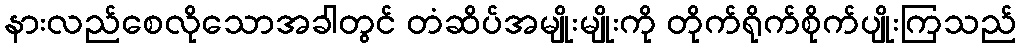
နားလည်စေလိုသောအခါတွင် တံဆိပ်အမျိုးမျိုးကို တိုက်ရိုက်စိုက်ပျိုးကြသည်